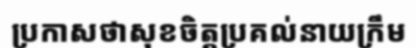
ប្រកាសថាសុខចិត្តប្រគល់នាយក្រឹម